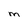
Character: M